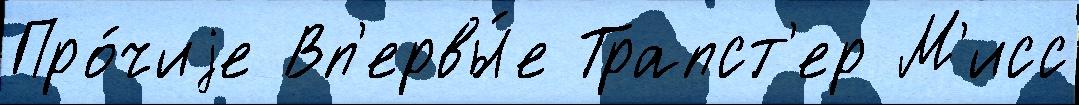
Про́чиjе Вп'ервы́е Трапст'ер М'исс